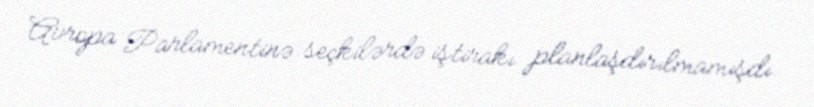
Avropa Parlamentinə seçkilərdə iştirakı planlaşdırılmamışdı.